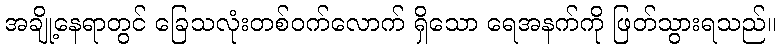
အချို့နေရာတွင် ခြေသလုံးတစ်ဝက်လောက် ရှိသော ရေအနက်ကို ဖြတ်သွားရသည်။